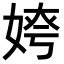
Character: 𡝻